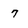
Character: 7